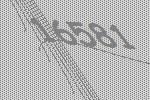
16581